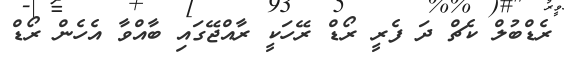
ރެޑްބުލް ކެޗް ދަ ފެރީ ރޯޑް ރޭހަކީ ރާއްޖޭގައި ބާއްވާ އެހެން ރޯޑް